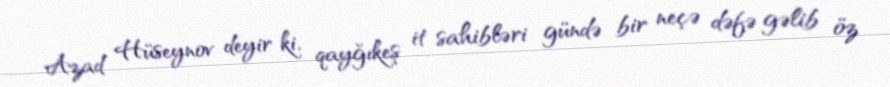
Azad Hüseynov deyir ki, qayğıkeş it sahibləri gündə bir neçə dəfə gəlib öz